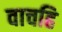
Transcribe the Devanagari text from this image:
वाचहि